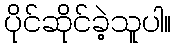
ပိုင်ဆိုင်ခဲ့သူပါ။